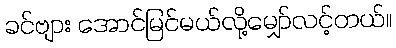
ခင်ဗျား အောင်မြင်မယ်လို့မျှော်လင့်တယ်။